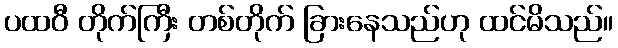
ပထဝီ တိုက်ကြီး တစ်တိုက် ခြားနေသည်ဟု ထင်မိသည်။